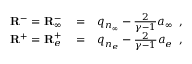
\begin{array} { r l r } { \mathbf { R } ^ { - } = { \mathbf { R } } _ { \infty } ^ { - } } & { { } = } & { q _ { n _ { \infty } } - \frac { 2 } { \gamma - 1 } a _ { \infty } \, \mathrm { ~ , ~ } } \\ { \mathbf { R } ^ { + } = { \mathbf { R } } _ { e } ^ { + } } & { { } = } & { q _ { n _ { e } } - \frac { 2 } { \gamma - 1 } a _ { e } \, \mathrm { ~ , ~ } } \end{array}